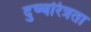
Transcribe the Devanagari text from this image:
दुष्चरित्रता